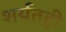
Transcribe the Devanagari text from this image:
शर्यतही